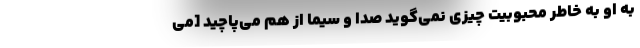
به او به خاطر محبوبیت چیزی نمی‌گوید صدا و سیما از هم می‌پاچید [می